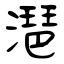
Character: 潖